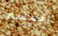
القسم